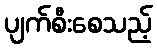
ပျက်စီးစေသည့်